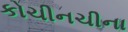
કોચીનચીના